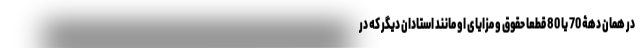
در همان دهۀ 70 یا 80 قطعا حقوق و مزایای او مانند استادان دیگر که در